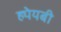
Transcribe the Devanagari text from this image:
ह्येयबी